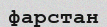
фарстан